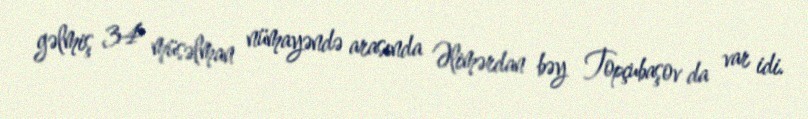
gəlmiş 34 müsəlman nümayəndə arasında Əlimərdan bəy Topçubaşov da var idi.